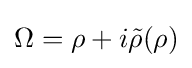
\Omega =\rho +i{\tilde {\rho }}(\rho )